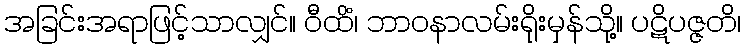
အခြင်းအရာဖြင့်သာလျှင်။ ဝီထိံ၊ ဘာဝနာလမ်းရိုးမှန်သို့။ ပဋိပဇ္ဇတိ၊